65_HS1-834228961_62-HQ-83894_Section_2
Agency: FBI
Page 127
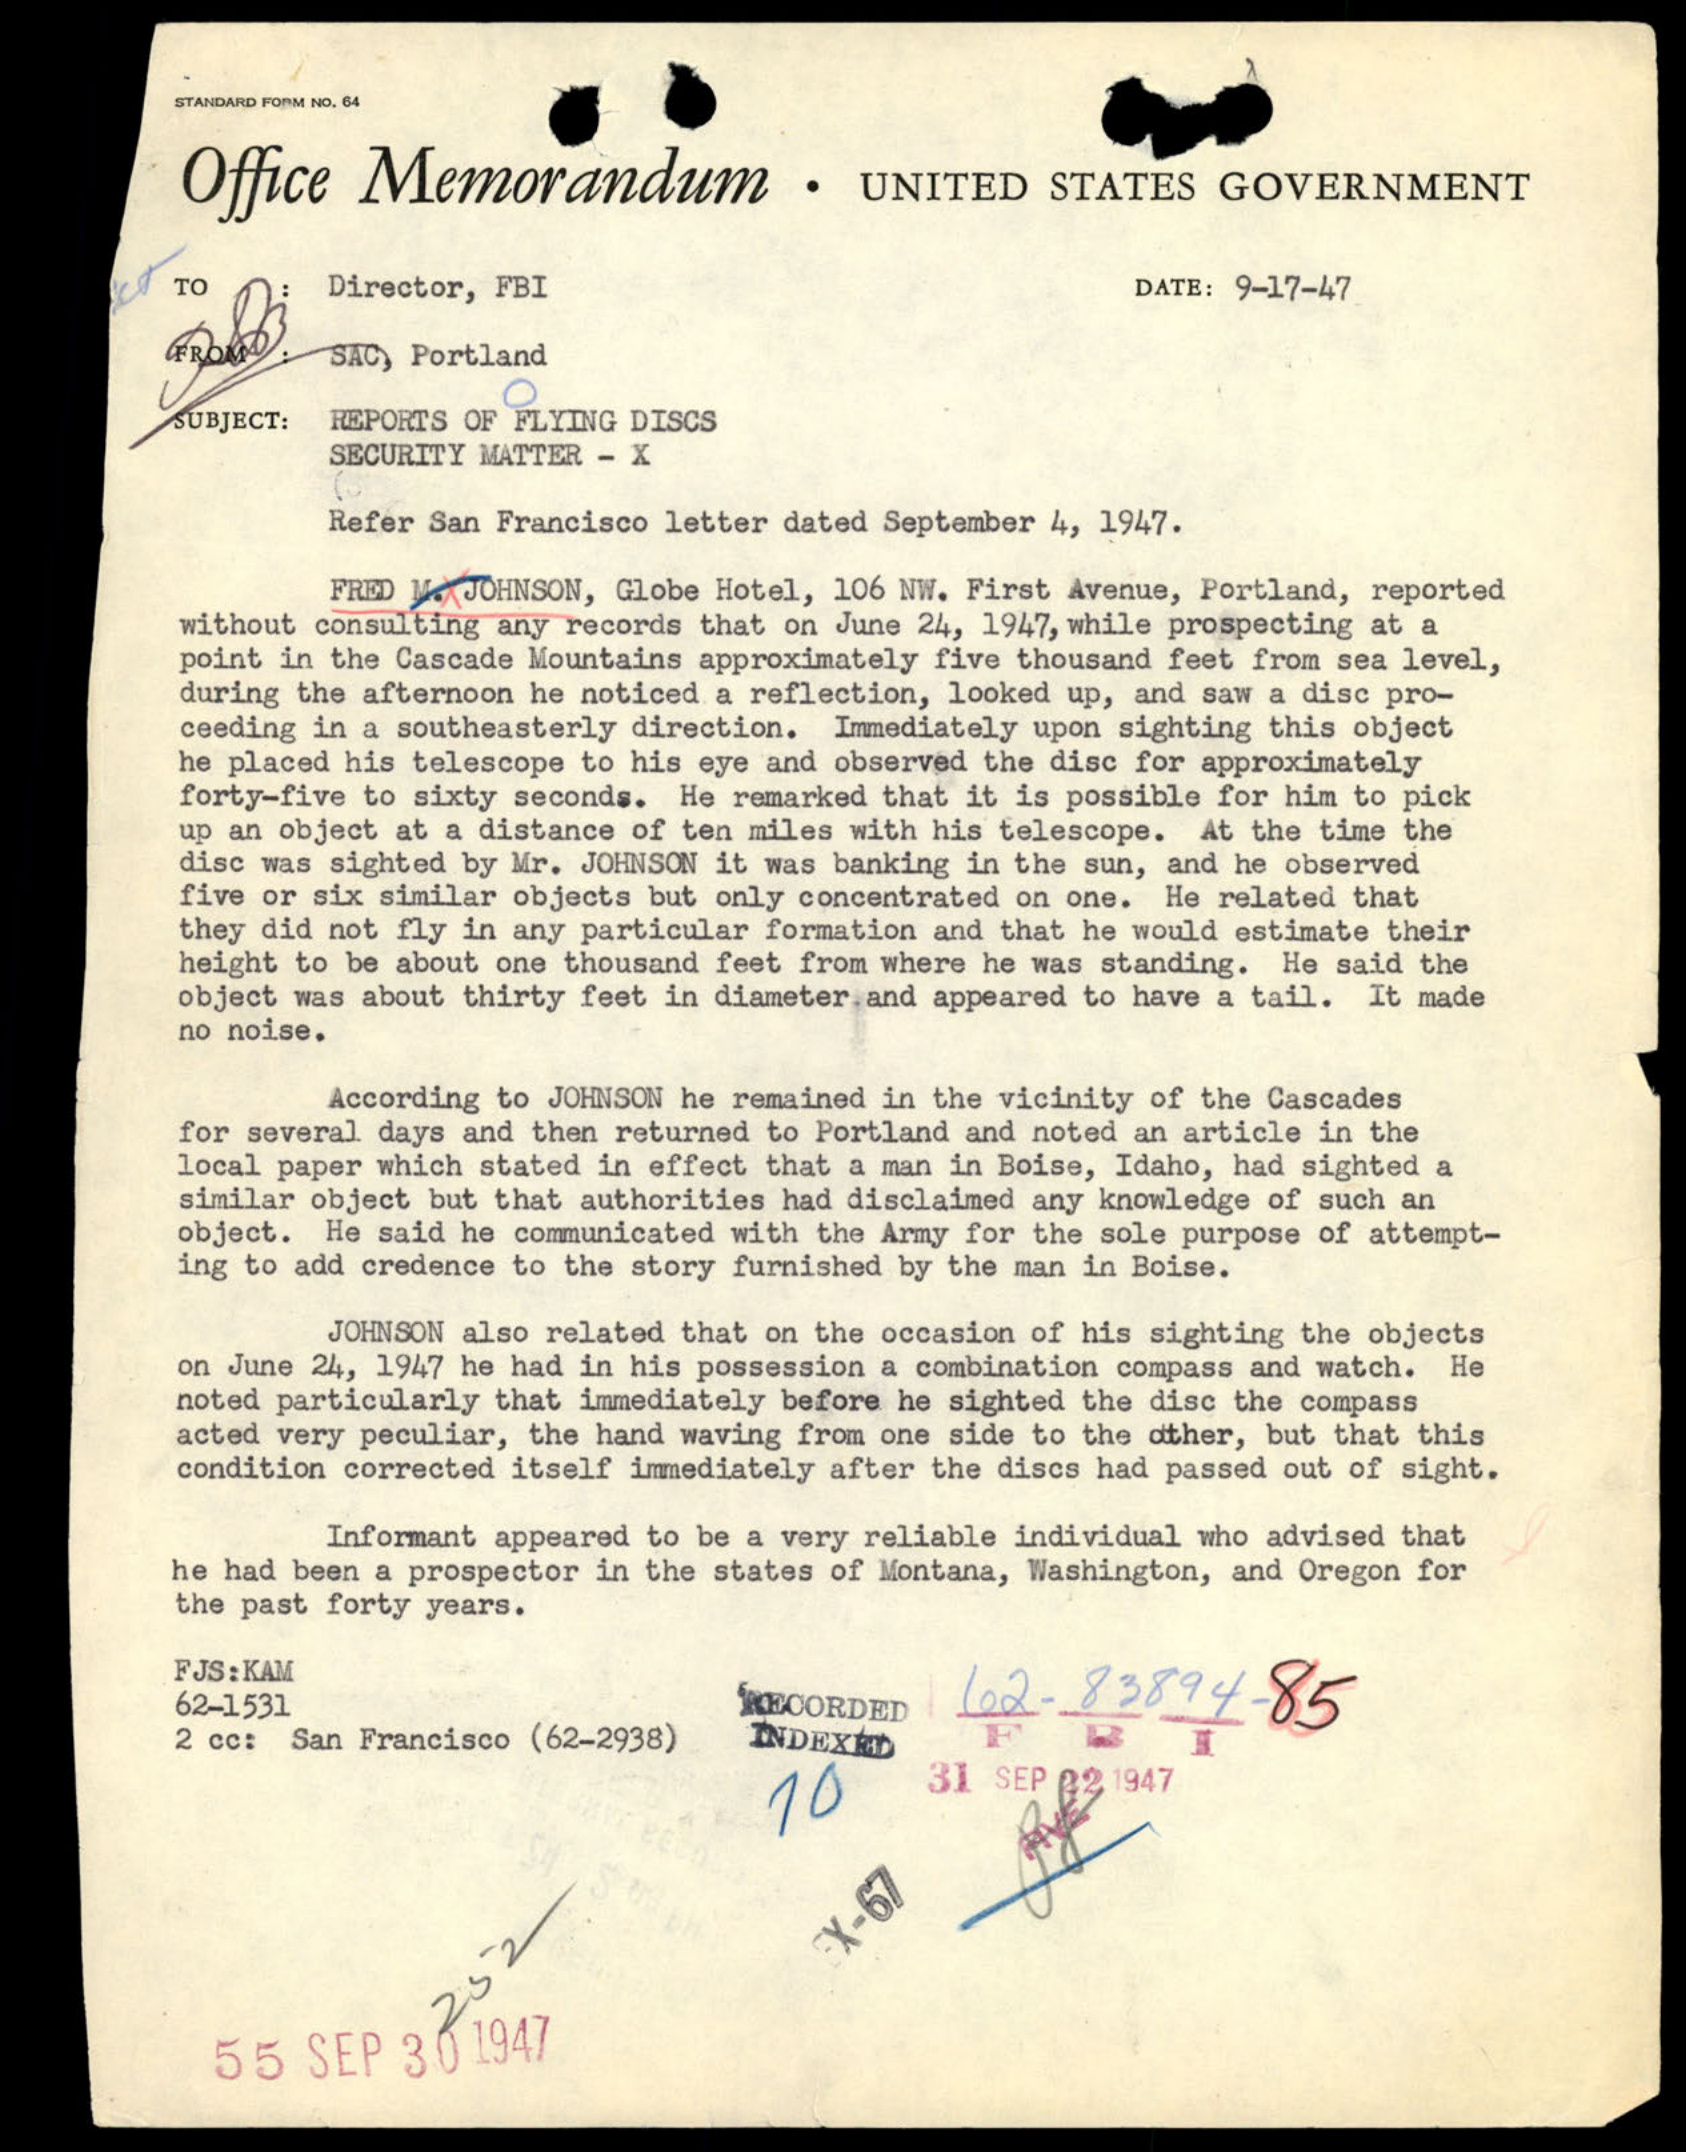